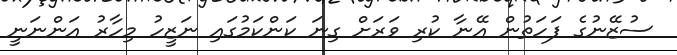
ސުޒޭނުގެ ފަހަތުން އޭނާ ކުރި ވަރަށް ގިނަ ކަންކަމުގައި ނަޒީހު މިހާރު އަންނަނީ